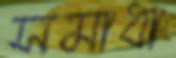
সমাধা